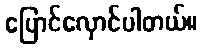
ပြောင်လှောင်ပါတယ်။